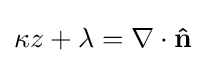
\kappa z+\lambda =\nabla \cdot \mathbf {\hat {n}}